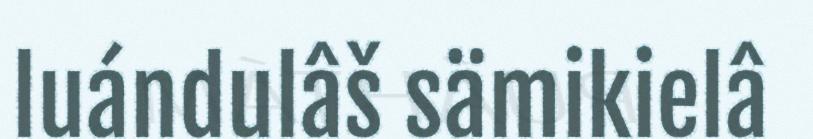
luándulâš sämikielâ